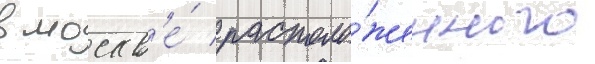
в москв'е́ / располо́женного